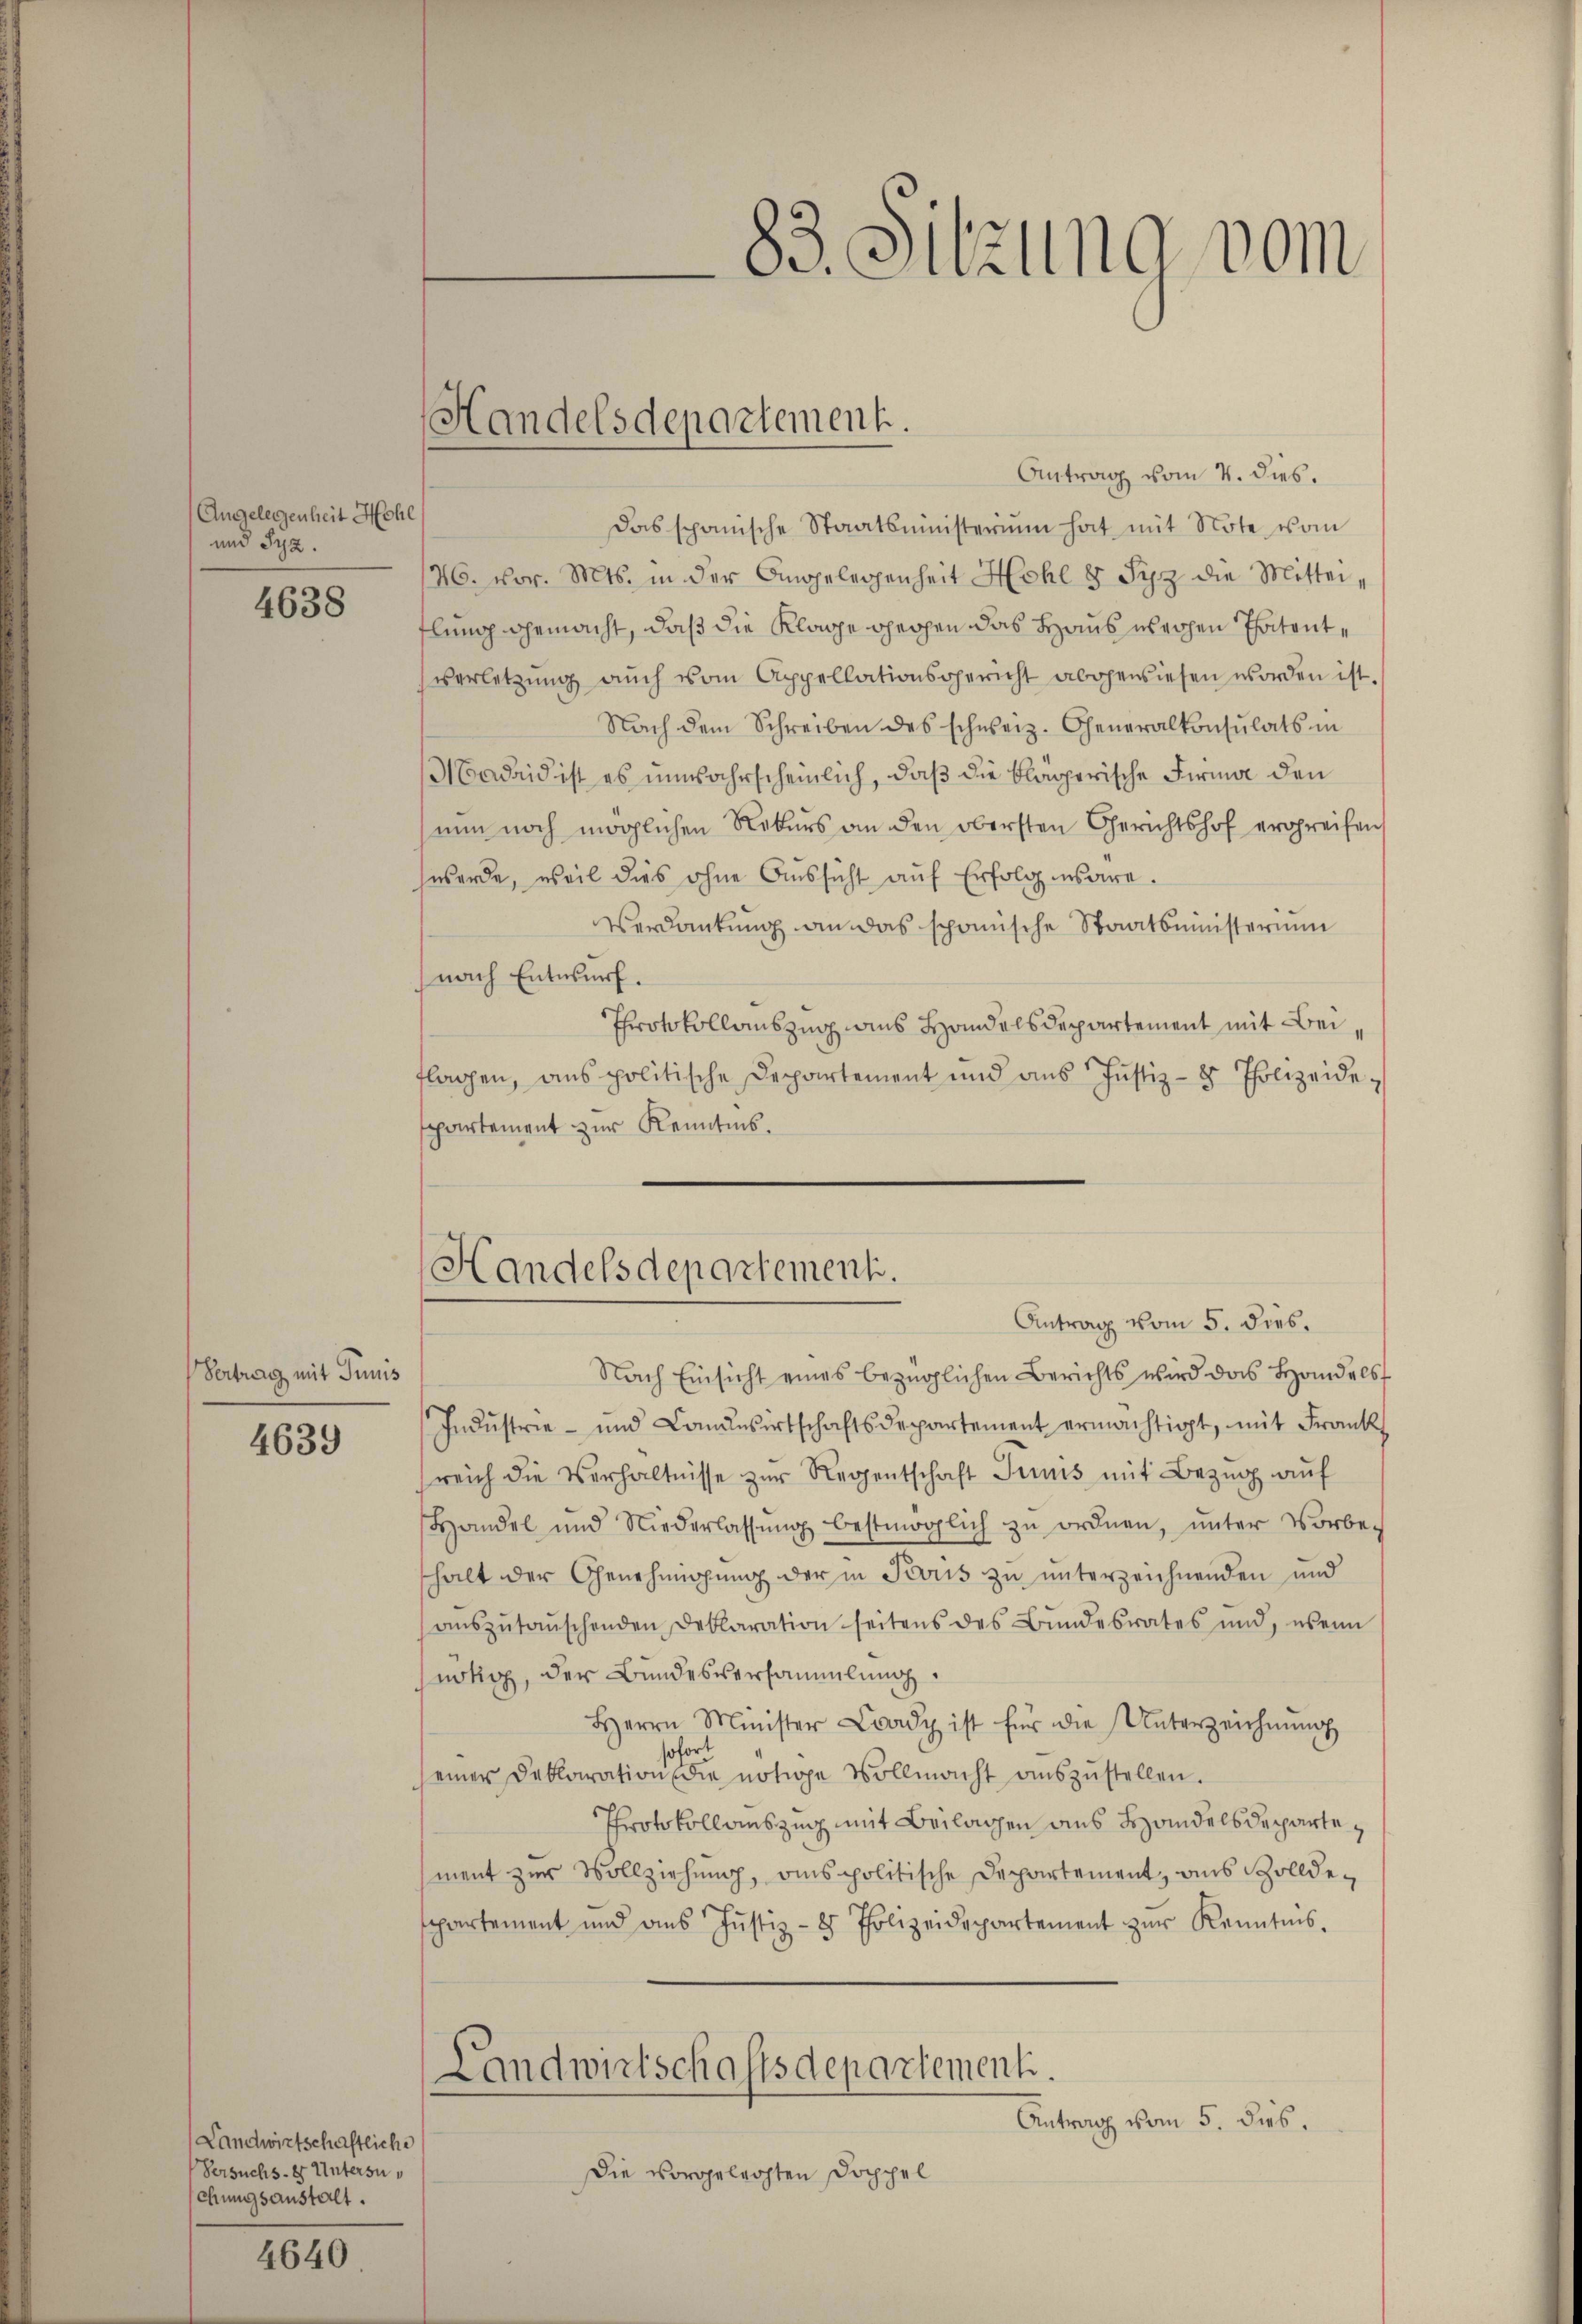
Angelegenheit Hohe
und Syz.

4638

Vertrag mit Junis

4639

(Landwirtschaftliche
Versuchs-er Untersuchungsanstalt.

4640

Antrag vom 4. dies.
das spanische Staatsministerium hat mit Note vom
26. vor. Mts. in der Angelegenheit Hohl 8 Syz die Mittei-
flung gemacht, daß die Klage beigen das Haus weichen Patentverletzŭng aŭch vom Appellationsgericht abgewiesen worden ist.
Nach dem Schreiben des schweiz. Generalkonsulats in
Madrid ist es unwahrscheinlich, daß die klägerische Firma den
nun noch möglichen Rekurs an den obersten Gerichtshof ergreifen
werde, weil dies ohne Aŭssicht aŭf Erfolgesare.
Verdankung an das sponische Staatsministerium
nach Entwurf.
Protokollauszug aus Handelsdepartement mit Beiflagen, ans politische Departement und ans Justiz- & Polizeidespartement zur Kenntnis.

Handelsdepartement.

83. Sitzung vom

Handelsdepartement.
Antrag vom 5. dies.

Nach Einsicht eines bezüglichen Berichts wird das Handels
Industrie- und Condesirtschaftsdepartement ermächtigt, mit Frank
reich die Verhältnisse zur Regentschaft Junis mit Bezug auf
Handel und Niederlassŭng bestmöglich zŭ ordnen, ŭnter Vorbe-
shalt der Genehmigŭng der in Tous zu unterzeichnenden und
aŭszŭtaŭschenden Deklaration seitens des Bundesrates und, wenn
nötig, der Bundesversammlung
Herrn Minister Lady ist für die Unterzeichnŭng
sofor
seiner Deklaration die nötige Vollmacht aŭszŭstellen.
Protokollauszug mit Beilagen aus Handelsdeparte,
ment zur Vollziehung, ains politische Departement, aus Zolldepartement und ans Justiz- & Polizeidepartement zŭr Kenntnis.
Landwirtschaftsdepartementi.
Antrag vom 5. dies.
Die vorgelegten Doppel